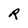
Character: R